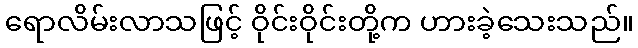
ရောလိမ်းလာသဖြင့် ဝိုင်းဝိုင်းတို့က ဟားခဲ့သေးသည်။